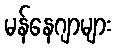
မန်နေဂျာများ